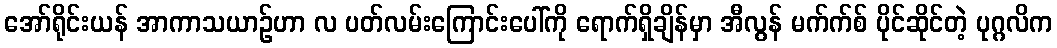
အော်ရိုင်းယန် အာကာသယာဉ်ဟာ လ ပတ်လမ်းကြောင်းပေါ်ကို ရောက်ရှိချိန်မှာ အီလွန် မက်က်စ် ပိုင်ဆိုင်တဲ့ ပုဂ္ဂလိက